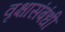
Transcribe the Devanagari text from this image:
वृक्षासंबंधी